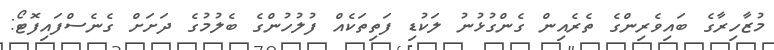
މުޒާހިރާގެ ބައިވެރިންގެ ތެރެއިން ގެންގުޅުނު ލަކުޑި ފަތިތަކެއް ފުލުހުންގެ ބެލުމުގެ ދަށަށް ގެނެސްފައިފޮޓޯ: